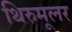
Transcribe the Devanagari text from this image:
थिरुमूलर